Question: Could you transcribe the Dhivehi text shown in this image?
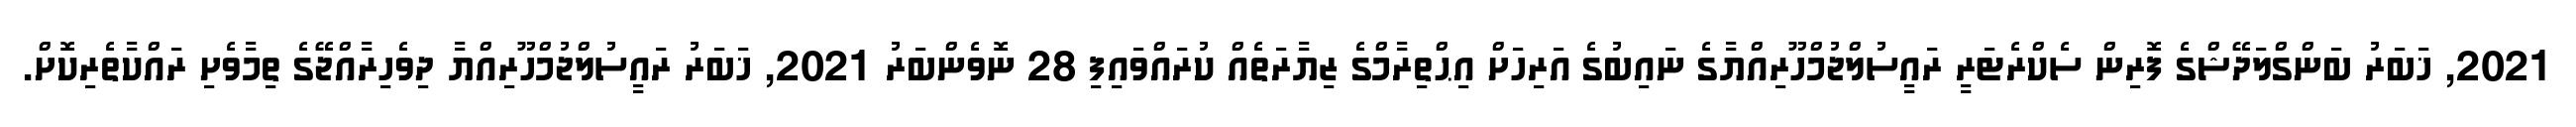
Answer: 2021, ޚަބަރު ބަންގްލަދޭޝްގެ ފޮރިން ސެކްރެޓަރީ ރައީސުލްޖުމްހޫރިއްޔާގެ ނައިބުގެ އަރިހަށް އިޙްތިރާމްގެ ޒިޔާރަތެއް ކުރައްވައިފި 28 ނޮވެންބަރު 2021, ޚަބަރު ރައީސުލްޖުމްހޫރިއްޔާ ދިވެހިރާއްޖޭގެ ތިމާވެށި ރައްކާތެރިކޮށް.